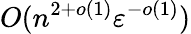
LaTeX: O(n^{2+o(1)}\varepsilon^{-o(1)})